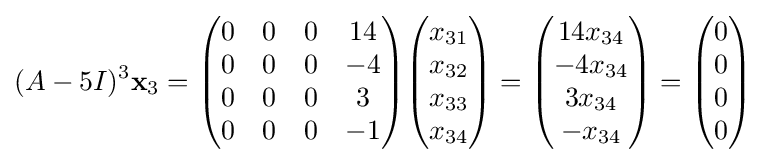
(A-5I)^{3}\mathbf {x} _{3}={\begin{pmatrix}0&0&0&14\\0&0&0&-4\\0&0&0&3\\0&0&0&-1\end{pmatrix}}{\begin{pmatrix}x_{31}\\x_{32}\\x_{33}\\x_{34}\end{pmatrix}}={\begin{pmatrix}14x_{34}\\-4x_{34}\\3x_{34}\\-x_{34}\end{pmatrix}}={\begin{pmatrix}0\\0\\0\\0\end{pmatrix}}